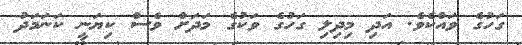
ގަހުގެ ވައްކެވެ. އަދި މިދިލި ގަހުގެ ވަކުގެ މަދަށް ވެސް ކިޔަނީ ކަނަމަދު